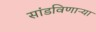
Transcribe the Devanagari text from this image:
सांडविणाऱ्या